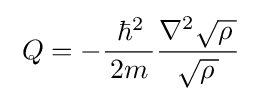
\;Q=-{\frac {\;\hbar ^{2}\,}{\,2m\,}}{\frac {\nabla ^{2}{\sqrt {\rho \,}}}{\sqrt {\rho \,}}}~